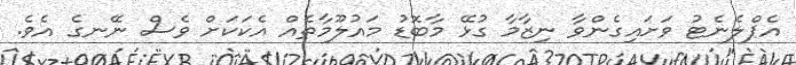
އެޕްލެނެޓު ވަށައިގެންވާ ނިޒާމާ ގުޅޭ މާބޮޑު މައުލޫމާތެއް އެކަކަށް ވެސް ނޭނގެ އެވެ.